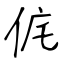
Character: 侂